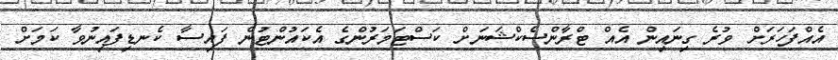
އެއްފަހަރަށް ވުރެ ގިނައިން އެއް ޓްރާންސެކްޝަނަށް ކަސްޓަމަރުންގެ އެކައުންޓުން ފައިސާ ކެނޑިފައިނުވާ ކަމަށް